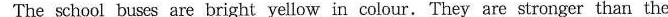
The school buses are bright yellow in colour.They are stronger than the